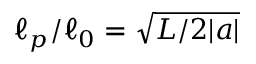
\ell _ { p } / \ell _ { 0 } = \sqrt { L / 2 | a | }